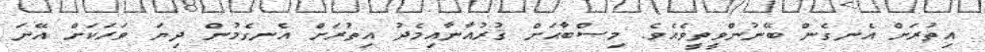
އިތުރަށް އެނގެން ބޭނުންވީތީވެއެވެ. މިޞްބާޙަށް ޤުރުއާނާއިމެދު އިތުރަށް އެނގެމުން ދިޔަ ވަރަކަށް އޭނަ